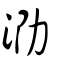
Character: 泐